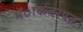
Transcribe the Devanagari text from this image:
मेंाकतरयत